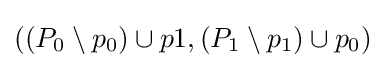
((P_{0}\setminus p_{0})\cup p1,(P_{1}\setminus p_{1})\cup p_{0})